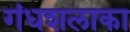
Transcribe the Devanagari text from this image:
गंधशलाका